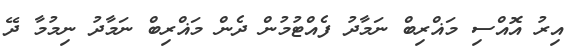
އިރު އޮއްސި މަޣްރިބް ނަމާދު ފެއްޓުމުން ދެން މަޣްރިބް ނަމާދު ނިމުމާ ދޭ